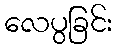
လေပွခြင်း